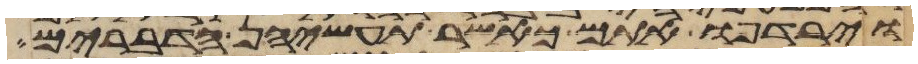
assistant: וירדפו אתם כאשר תעשינה הדברים